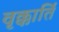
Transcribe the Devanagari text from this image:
वृक्कार्ति